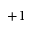
+ 1